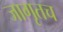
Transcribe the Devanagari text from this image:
जागृतच